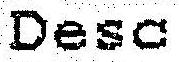
DESC